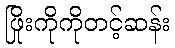
ဖြိုးကိုကိုတင့်ဆန်း